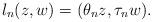
LaTeX: \begin{align*}l_n(z,w) = (\theta_n z, \tau_n w).\end{align*}